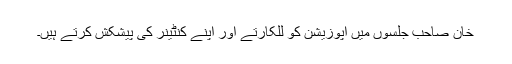
خان صاحب جلسوں میں اپوزیشن کو للکارتے اور اپنے کنٹینر کی پیشکش کرتے ہیں۔